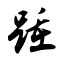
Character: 踵